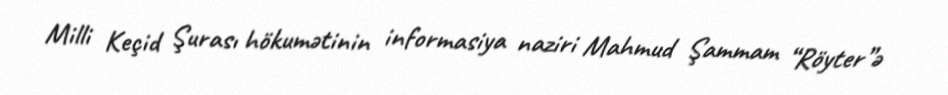
Milli Keçid Şurası hökumətinin informasiya naziri Mahmud Şammam “Röyter”ə